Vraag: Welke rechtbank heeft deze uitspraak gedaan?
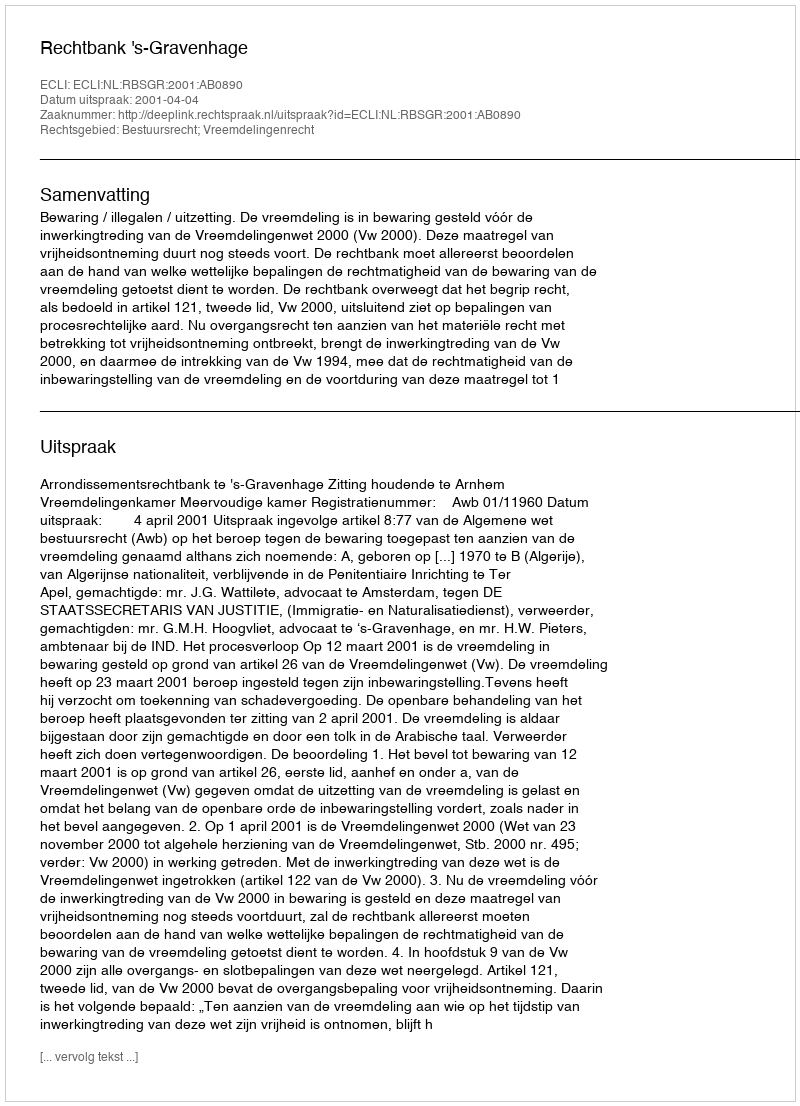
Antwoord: Rechtbank 's-Gravenhage